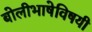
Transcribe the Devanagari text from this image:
बोलीभाषेविषयी